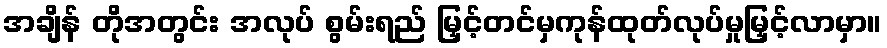
အချိန် တိုအတွင်း အလုပ် စွမ်းရည် မြှင့်တင်မှကုန်ထုတ်လုပ်မှုမြှင့်လာမှာ။